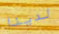
لدينا